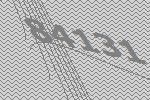
84131